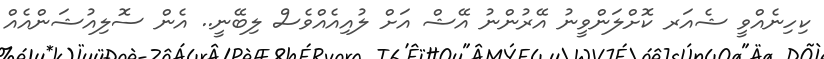
ކިހިނެއްވީ ޝެއަރ ކޮށްލަންވީނު އޭރުންނު އޭޝް އަށް ލުއިއެއްވެސް ލިބޭނީ.. އެން ސޮލިއުޝަންއެއް